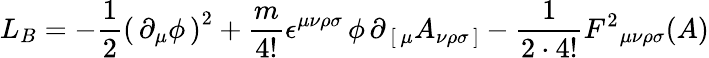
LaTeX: L_{B}=-{\frac{1}{2}}\left(\, \partial_{\mu}\phi\, \right)^{2}+{\frac{m}{4!}}\epsilon^{\mu\nu\rho\sigma}\, \phi\, \partial_{\, [\, \mu}A_{\nu\rho\sigma\, ]}-{\frac{1}{2\cdot 4!}}F^{2}{}_{\mu\nu\rho\sigma}(A)